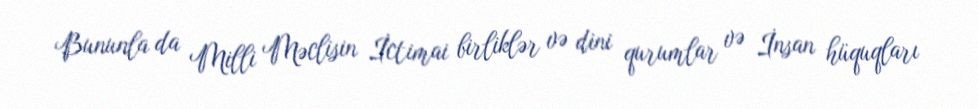
Bununla da Milli Məclisin İctimai birliklər və dini qurumlar və İnsan hüquqları